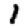
Digit: 1